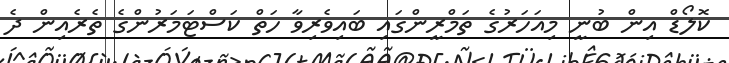
ކޮލޯޑް އިން ބުނީ މިއަހަރުގެ ތަމްރީންގައި ބައިވެރިވާ ހަތް ކަސްޓަމަރުންގެ ތެރެއިން ދެ